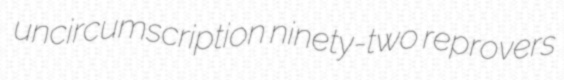
uncircumscription ninety-two reprovers